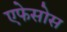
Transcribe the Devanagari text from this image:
एफेसोस